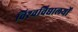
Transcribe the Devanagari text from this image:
विश्‍वविद्यालयों